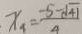
x _ { 4 } = \frac { - 5 - \sqrt { 4 1 } } { 4 }